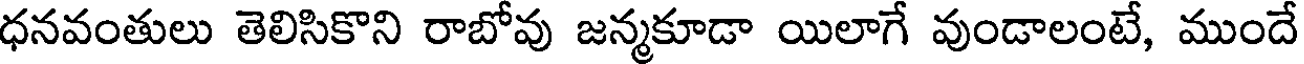
ధనవంతులు తెలిసికొని రాబోవు జన్మకూడా యిలాగే వుండాలంటే, ముందే